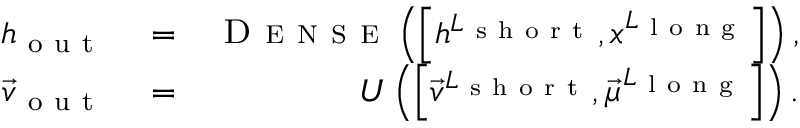
\begin{array} { r l r } { h _ { \mathrm { ~ o ~ u ~ t ~ } } } & { { } = } & { \textsc { D e n s e } \left( \left[ h ^ { L _ { \mathrm { ~ s ~ h ~ o ~ r ~ t ~ } } } , x ^ { L _ { \mathrm { ~ l ~ o ~ n ~ g ~ } } } \right] \right) , } \\ { \vec { v } _ { \mathrm { ~ o ~ u ~ t ~ } } } & { { } = } & { U \left( \left[ \vec { v } ^ { L _ { \mathrm { ~ s ~ h ~ o ~ r ~ t ~ } } } , \vec { \mu } ^ { L _ { \mathrm { ~ l ~ o ~ n ~ g ~ } } } \right] \right) . } \end{array}